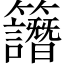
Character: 𥸄